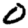
Digit: 0